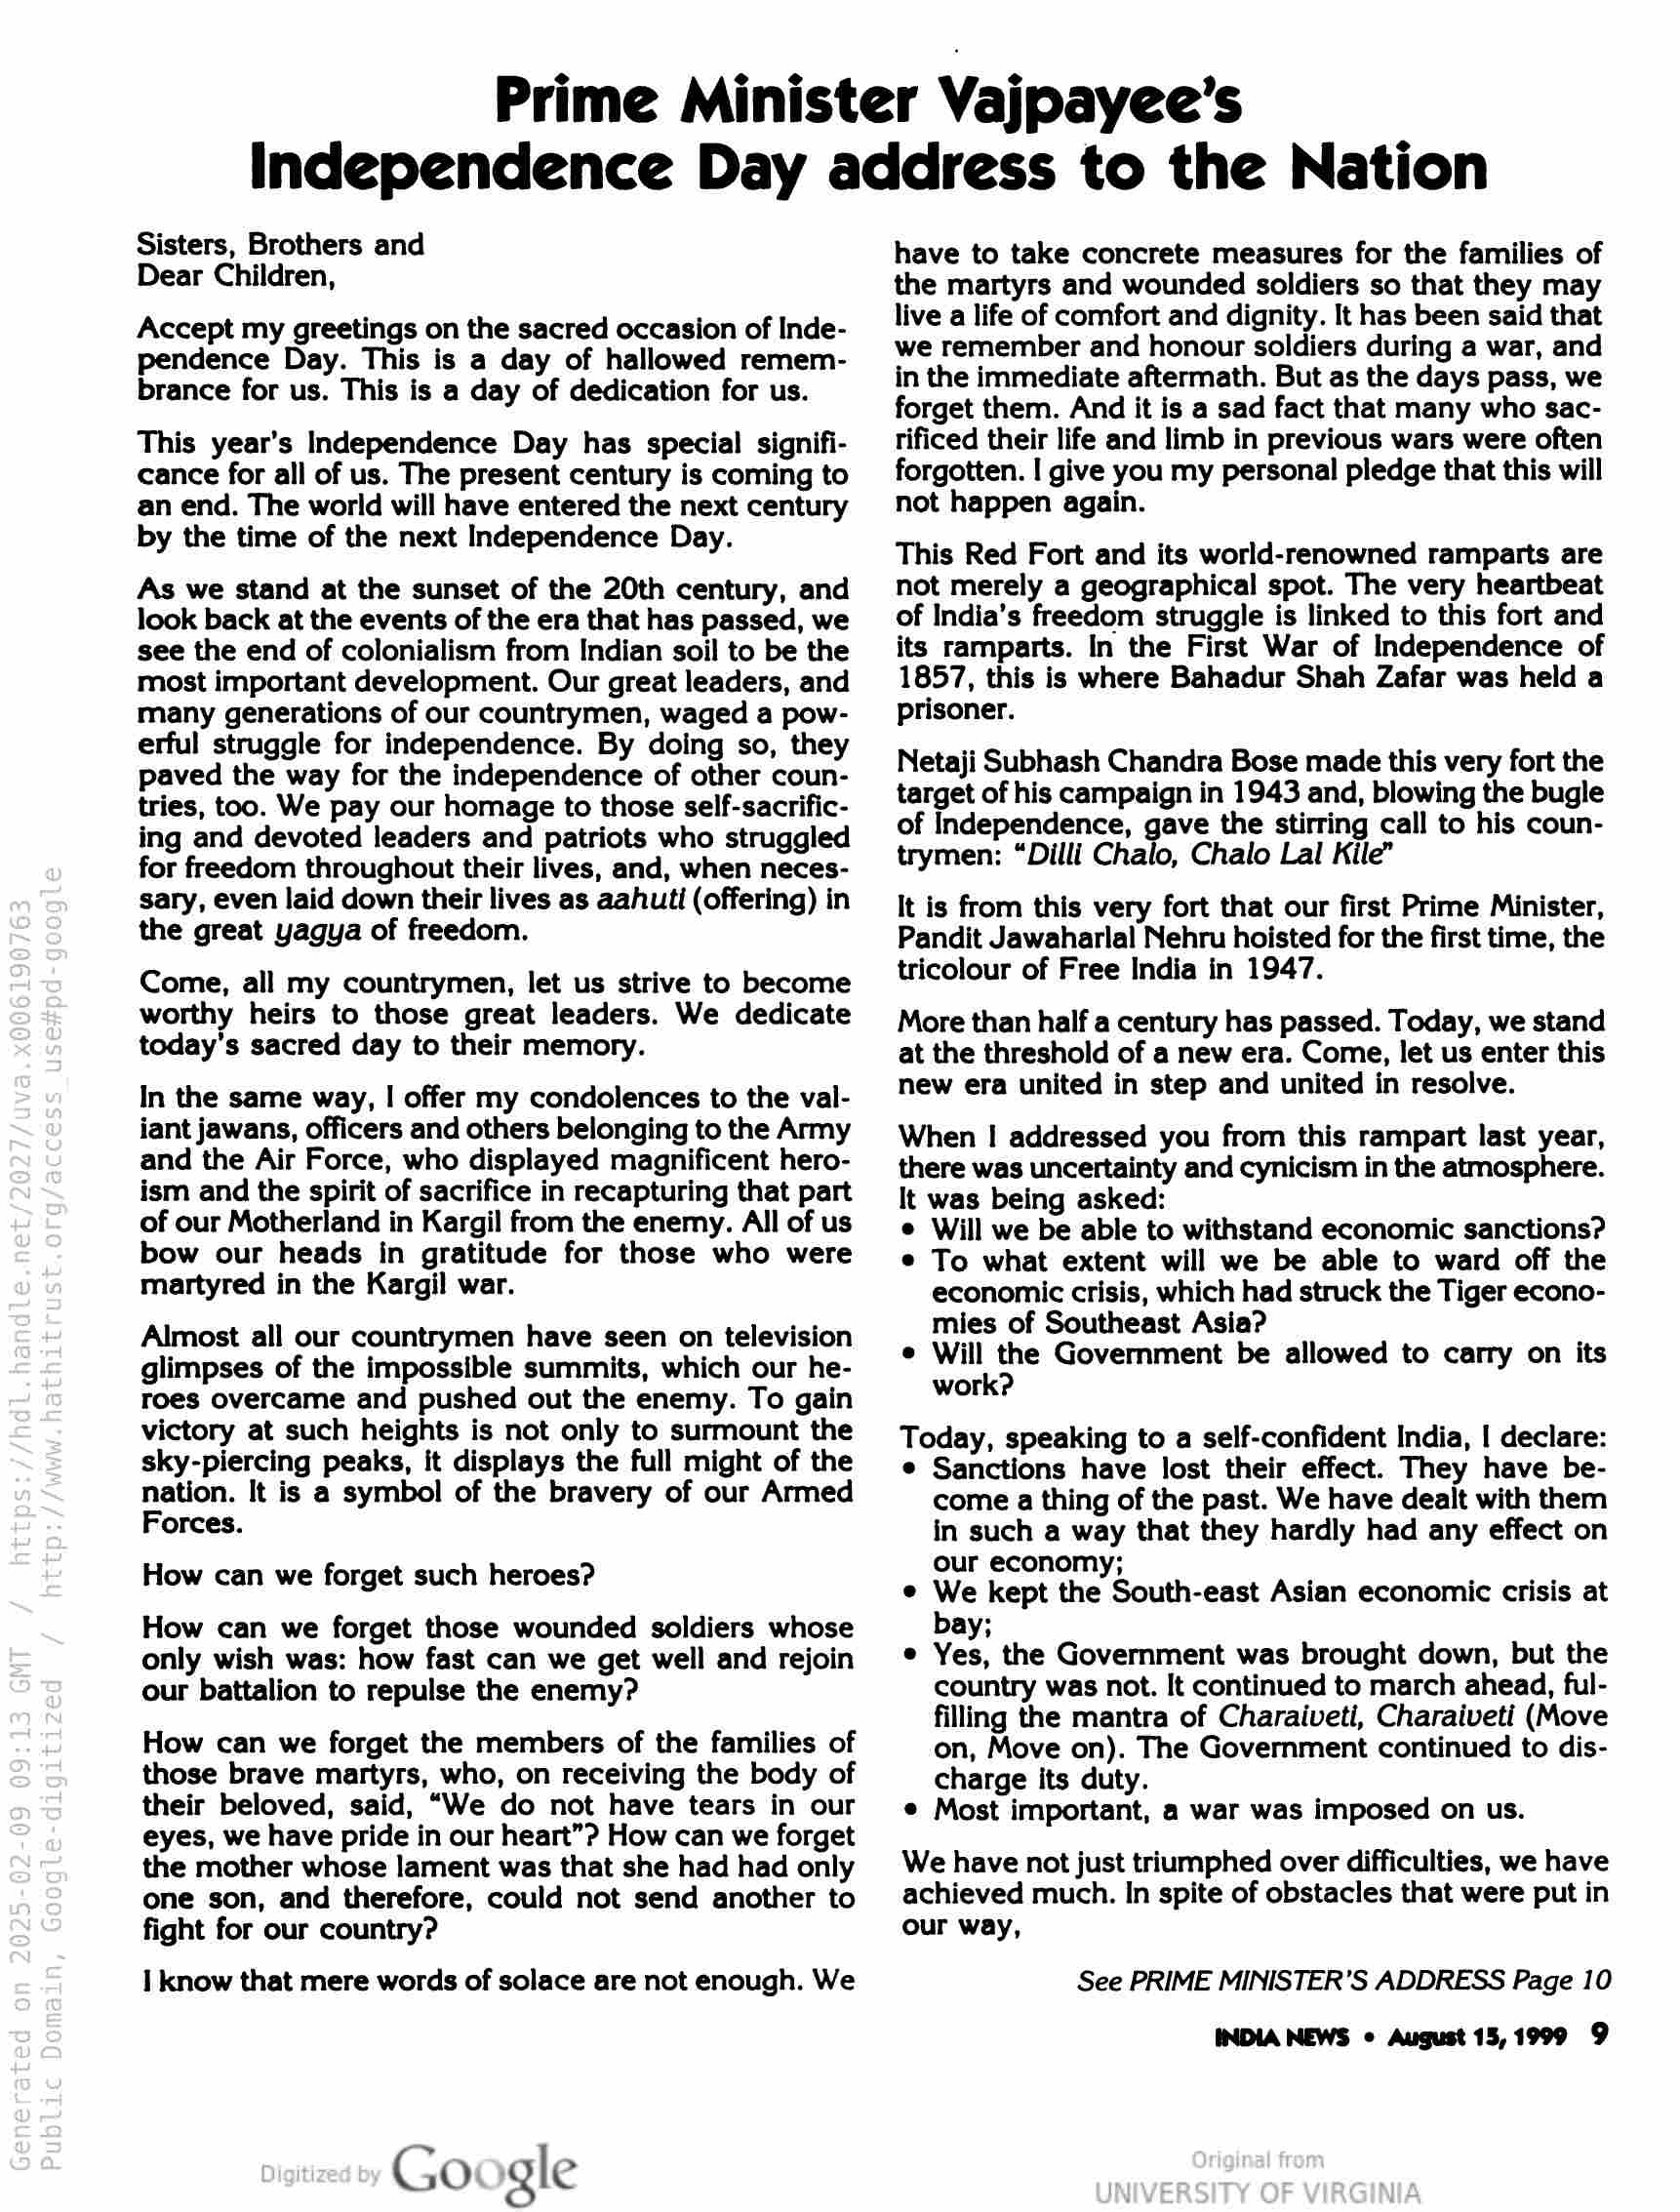
Prime Minister Vajpayee’s
Independence Day address to the Nation

Sisters, Brothers and
Dear Children,

Accept my greetings on the sacred occasion of Inde-
pendence Day. This is a day of hallowed remem-
brance for us. This is a day of dedication for us.

This year’s Independence Day has special signifi-
cance for all of us. The present century is coming to
an end. The world will have entered the next century
by the time of the next Independence Day.

As we stand at the sunset of the 20th century, and
look back at the events of the era that has passed, we
see the end of colonialism from Indian soil to be the
most important development. Our great leaders, and
many generations of our countrymen, waged a pow-
erful struggle for independence. By doing so, they
paved the way for the independence of other coun-
tries, too. We pay our homage to those self-sacrific-
ing and devoted leaders and patriots who struggled
for freedom throughout their lives, and, when neces-
sary, even laid down their lives as aahuti (offering) in
the great yagya of freedom.

Come, all my countrymen, let us strive to become
worthy heirs to those great leaders. We dedicate
today’s sacred day to their memory.

In the same way, | offer my condolences to the val-
iant jawans, officers and others belonging to the Army
and the Air Force, who displayed magnificent hero-
ism and the spirit of sacrifice in recapturing that part
of our Motherland in Kargil from the enemy. All of us
bow our heads in gratitude for those who were
martyred in the Kargil war.

Almost all our countrymen have seen on television

glimpses of the impossible summits, which our he-

roes overcame and pushed out the enemy. To gain

victory at such heights is not only to surmount the

sky-piercing peaks, it displays the full might of the

jot It is a symbol of the bravery of our Armed
orces.

How can we forget such heroes?

How can we forget those wounded soldiers whose
only wish was: how fast can we get well and rejoin
our battalion to repulse the enemy?

How can we forget the members of the families of
those brave martyrs, who, on receiving the body of
their beloved, said, “We do not have tears in our
eyes, we have pride in our heart”? How can we forget
the mother whose lament was that she had had only
one son, and therefore, could not send another to
fight for our country?

I know that mere words of solace are not enough. We

Google

have to take concrete measures for the families of
the martyrs and wounded soldiers so that they may
live a life of comfort and dignity. It has been said that
we remember and honour soldiers during a war, and
in the immediate aftermath. But as the days pass, we
forget them. And it is a sad fact that many who sac-
tificed their life and limb in previous wars were often
forgotten. I give you my personal pledge that this will
not happen again.

This Red Fort and its world-renowned ramparts are
not merely a geographical spot. The very heartbeat
of India’s freedom struggle is linked to this fort and
its ramparts. In the First War of Independence of
1857, this is where Bahadur Shah Zafar was held a
prisoner.

Netaji Subhash Chandra Bose made this very fort the
target of his campaign in 1943 and, blowing the bugle
of Independence, gave the stirring call to his coun-
trymen: “Dilli Chalo, Chalo Lal Kile”

It is from this very fort that our first Prime Minister,
Pandit Jawaharlal Nehru hoisted for the first time, the
tricolour of Free India in 1947.

More than half a century has passed. Today, we stand
at the threshold of a new era. Come, let us enter this
new era united in step and united in resolve.

When | addressed you from this rampart last year,
there was uncertainty and cynicism in the atmosphere.
: was being asked:
® Will we be able to withstand economic sanctions?
© To what extent will we be able to ward off the
economic crisis, which had struck the Tiger econo-
mies of Southeast Asia?
e Will the Government be allowed to carry on its
work?

Today, speaking to a self-confident India, | declare:

© Sanctions have lost their effect. They have be-
come a thing of the past. We have dealt with them
in such a way that they hardly had any effect on
our economy;

© We kept the South-east Asian economic crisis at
bay;

e Yes, the Government was brought down, but the
country was not. It continued to march ahead, ful-
filling the mantra of Charaiveti, Charaiveti (Move
on, Move on). The Government continued to dis-
charge its duty.

© Most important, a war was imposed on us.

We have not just triumphed over difficulties, we have
achieved much. In spite of obstacles that were put in
our way,

See PRIME MINISTER'S ADDRESS Page 10
INDIA NEWS ¢ August 15,1999 9